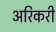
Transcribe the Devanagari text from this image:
अरिकरी